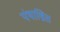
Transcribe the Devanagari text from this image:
पंथाश्रित